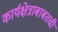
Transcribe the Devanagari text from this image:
कार्यक्षेत्राबाबतची